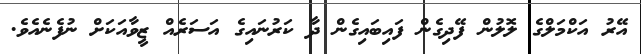
އޭރު އަކްމަލްގެ ލޮލުން ފޭދިގެން ފައިބައިގެން ދާ ކަރުނައިގެ އަސަރެއް ޒީވާއަކަށް ނުފެނެއެވެ.